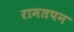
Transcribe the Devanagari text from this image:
रामतपन